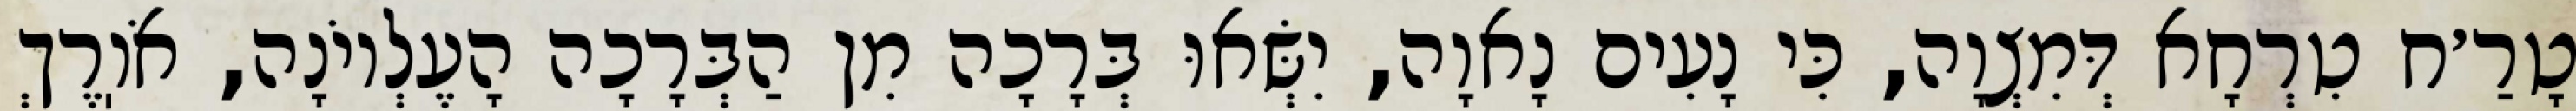
טָרַ׳ח טִרְחָא דְּמִצְוָה, כִּי נָעִים נָאוָה, יִשְּׂאוּ בְּרָכָה מִן הַבְּרָכָה הָעֶלְיוֹנָה, אֹוֽרֶךְ